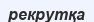
рекрутқа